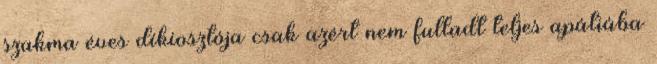
szakma éves díkiosztója csak azért nem fulladt teljes apátiába